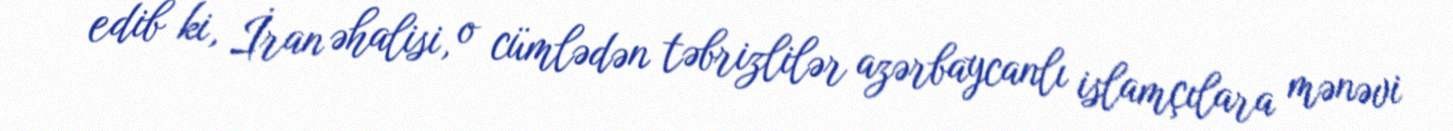
edib ki, İran əhalisi, o cümlədən təbrizlilər azərbaycanlı islamçılara mənəvi